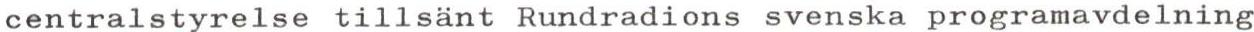
centralstyrelse tillsänt Rundradions svenska programavdelning